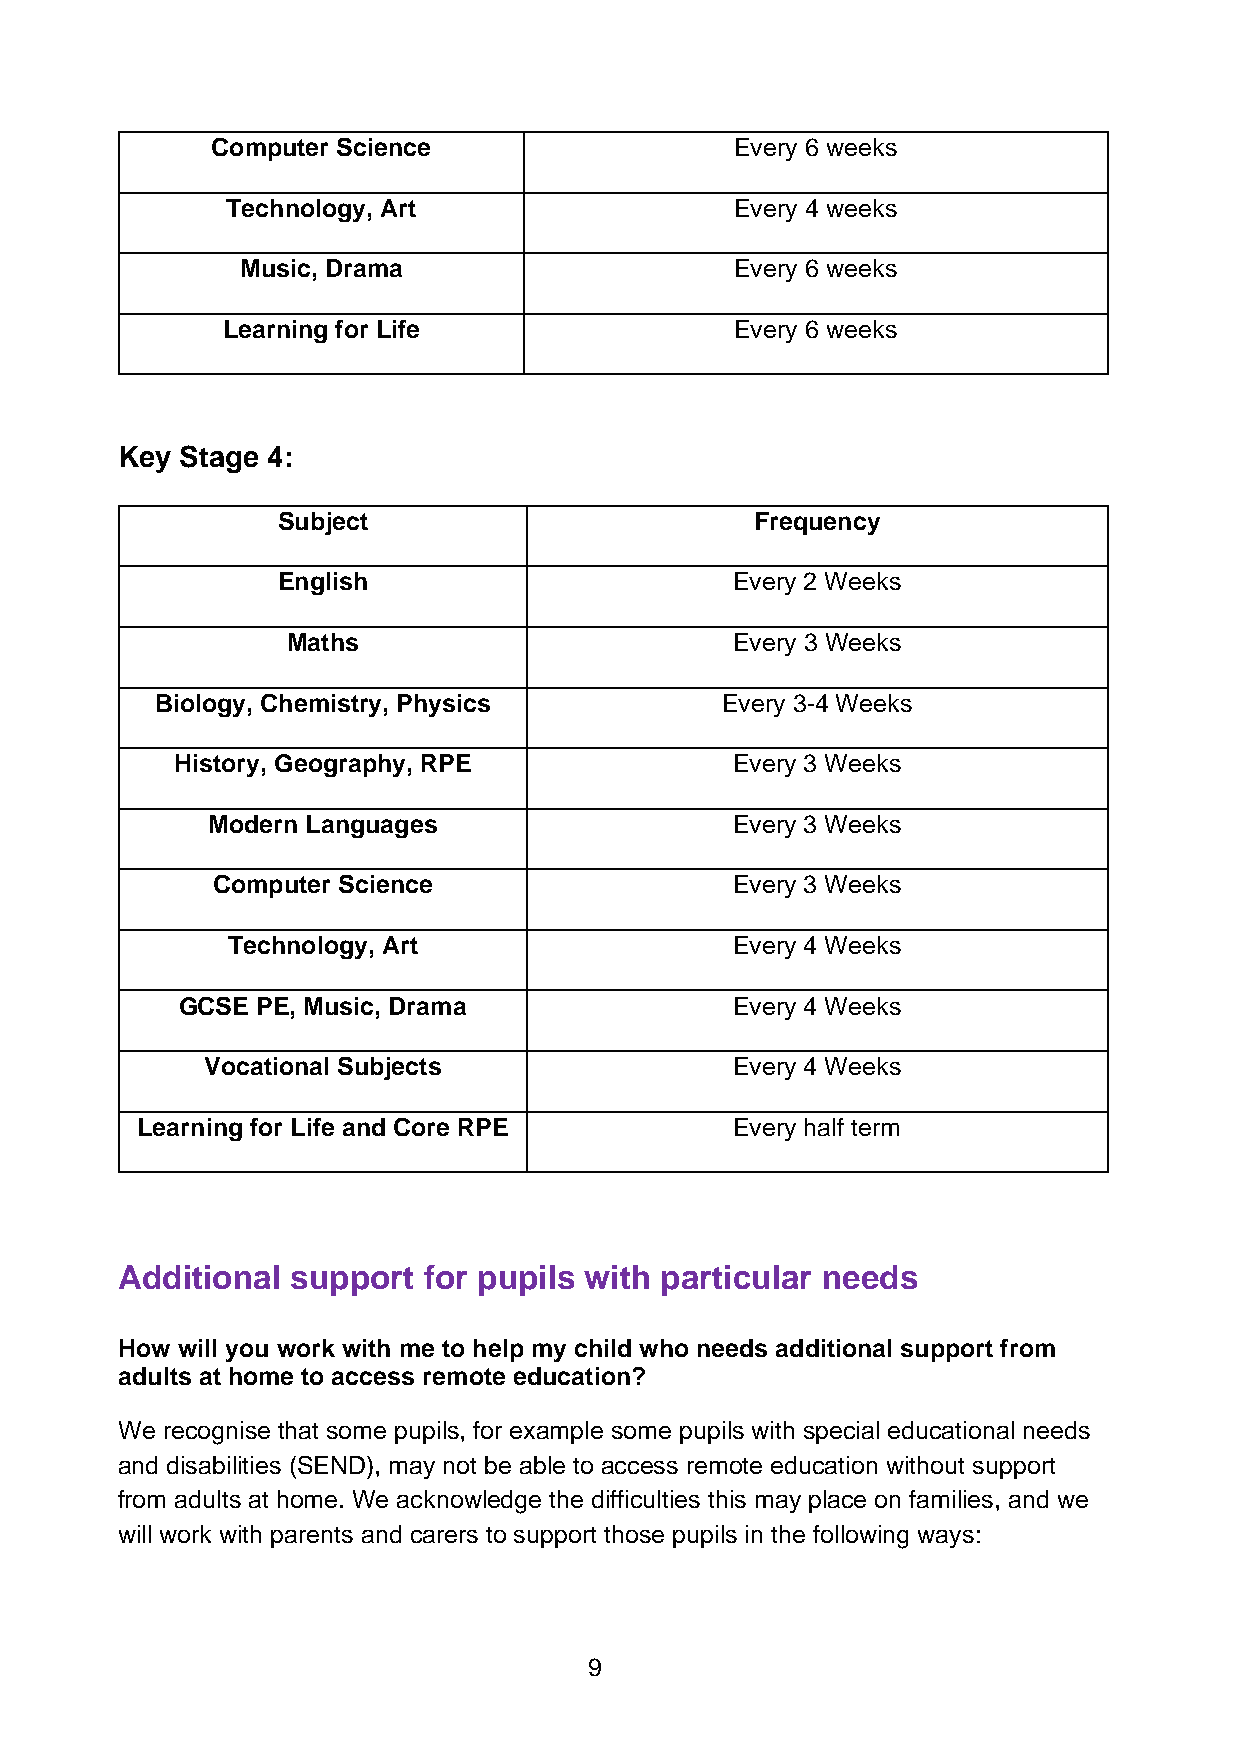
Computer Science                   Every 6 weeks
 Technology, Art                   Every 4 weeks
 Music, Drama                     Every 6 weeks
 Learning for Life                 Every 6 weeks
 Key Stage 4:
 Subject                         Frequency
 English                        Every 2 Weeks
 Maths                         Every 3 Weeks
 Biology, Chemistry, Physics           Every 3-4 Weeks
 History, Geography, RPE              Every 3 Weeks
 Modern Languages                   Every 3 Weeks
 Computer Science                   Every 3 Weeks
 Technology, Art                   Every 4 Weeks
 GCSE PE, Music, Drama                Every 4 Weeks
 Vocational Subjects                 Every 4 Weeks
 Learning for Life and Core RPE          Every half term
 Additional support  for pupils with particular needs
 How will you work with me to help my child who needs additional support from
 adults at home to access remote education?
 We recognise that some pupils, for example some pupils with special educational needs
 and disabilities (SEND), may not be able to access remote education without support
 from adults at home. We acknowledge the difficulties this may place on families, and we
 will work with parents and carers to support those pupils in the following ways:
 9